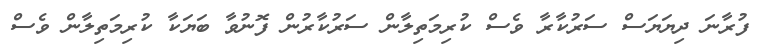
ފުރާނަ ދިޔަޔަސް ސަރުކާރާ ވެސް ކުރިމަތިލާން ސަރުކާރުން ފޮނުވާ ބަޔަކާ ކުރިމަތިލާން ވެސް